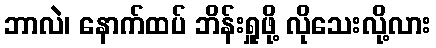
ဘာလဲ၊ နောက်ထပ် ဘိန်းရှူဖို့ လိုသေးလို့လား